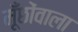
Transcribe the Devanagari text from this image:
मूँछोंवाला